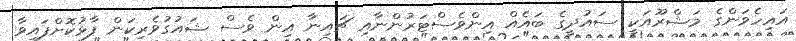
އައިހެވަންގެ މަޝްރޫއަކީ ސައުދީގެ ބައެއް އިންވެސްޓަރުންނާއި ޗައިނާ އިން ވެސް ޝައުގުވެރިކަން ފާޅުކޮށްފައިވާ